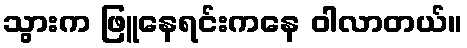
သွားက ဖြူနေရင်းကနေ ဝါလာတယ်။